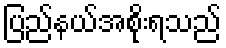
ပြည်နယ်အစိုးရသည်